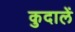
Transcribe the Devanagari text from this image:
कुदालें